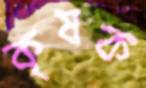
কৃষক